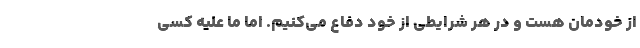
از خودمان هست و در هر شرایطی از خود دفاع می‌کنیم. اما ما علیه کسی